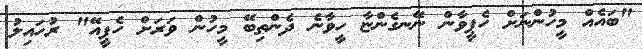
"ބައެއް މީހުންނަށް ހެޕީވާން ނޭނގެންޏާ ހީވާނެ ދެންތިބޭ މީހުން ވަރަށް ހެޕީއޭ" ރުހައިލު